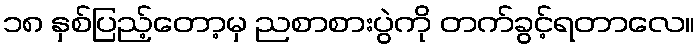
၁၈ နှစ်ပြည့်တော့မှ ညစာစားပွဲကို တက်ခွင့်ရတာလေ။